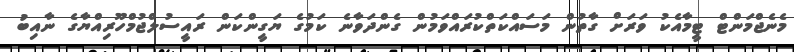
މެނެޖްމަންޓް ޓީމާއެކު ވަރަށް ގާތުން މަސައްކަތްކުރައްވަމުން ގެންދަވާނެ ކަމުގެ ޔަގީންކަން ރައީސުލްޖުމްހޫރިއްޔާގެ ނާއިބު